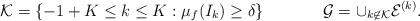
LaTeX: \begin{align*} &\mathcal{K}=\{-1+K\leq k\leq K: \mu_{f}(I_k)\geq \delta\} & \mathcal{G}=\cup_{k\not \in \mathcal{K}}\mathcal{E}^{(k)}. \end{align*}